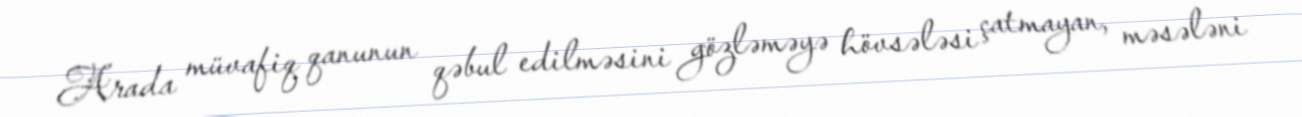
Arada müvafiq qanunun qəbul edilməsini gözləməyə hövsələsi çatmayan, məsələni